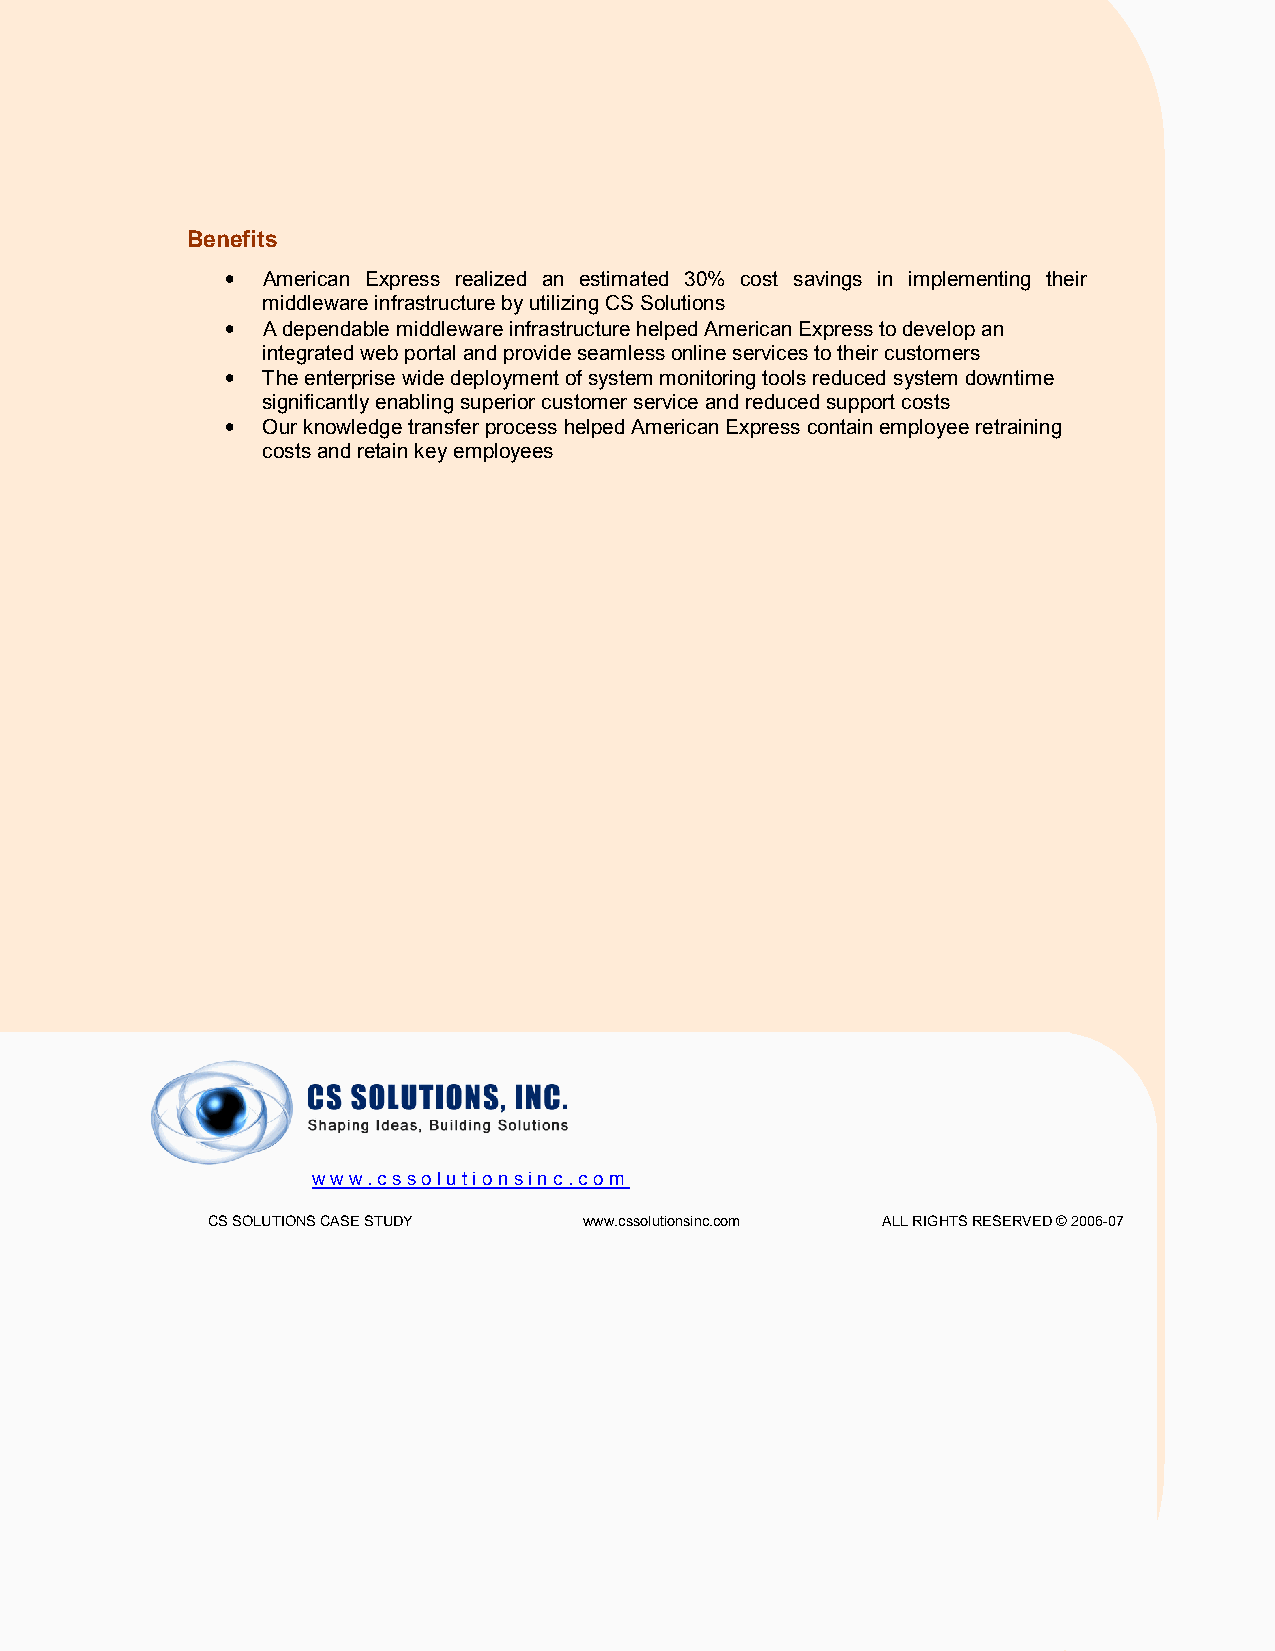
Benefits
 • American Express realized an estimated 30% cost savings in implementing their
 middleware infrastructure by utilizing CS Solutions
 • A dependable middleware infrastructure helped American Express to develop an
 integrated web portal and provide seamless online services to their customers
 • The enterprise wide deployment of system monitoring tools reduced system downtime
 significantly enabling superior customer service and reduced support costs
 • Our knowledge transfer process helped American Express contain employee retraining
 costs and retain key employees
 www.cssolutionsinc.co m
 CS SOLUTIONS CASE ST UDY www.cssolutionsinc.com ALL RIGHTS RESERVED © 2006-07